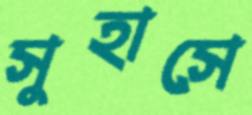
সুহাসে